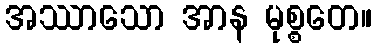
အဿာသော အာန မုစ္စတေ။